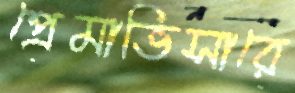
প্রেমাভিসারে